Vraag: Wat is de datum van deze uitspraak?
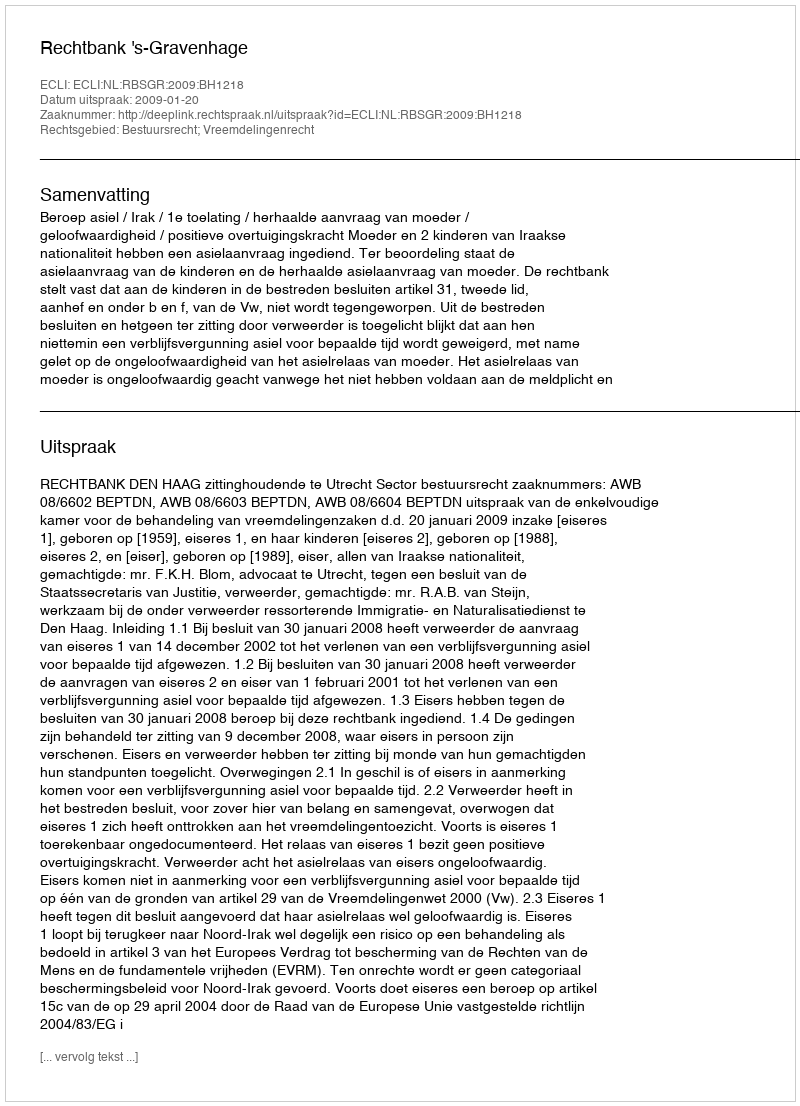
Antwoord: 2009-01-20